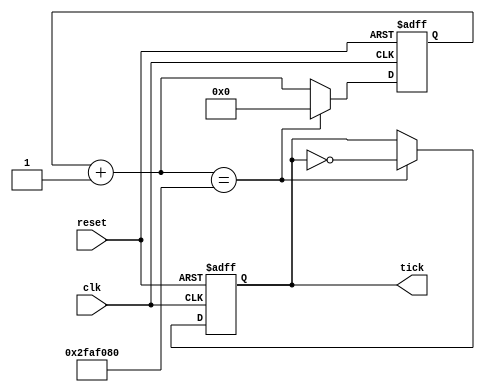
module tick_generator #(
	parameter tick_time = 32'd1000,
	parameter frequency = 32'd100000
	)(
	input wire clk,
	input wire reset,
	output reg tick);

	reg [32:0] count;
	localparam [32:0] count_threshold = tick_time * frequency / 2;
	
	initial begin
		tick = 1'b0;
		count = 32'b0;
	end

	always @(posedge(clk),posedge(reset)) begin
		if(reset) begin
			count = 0;
			tick = 0;
		end else begin
			count = count + 1;
			if(count == count_threshold) begin
				count = 0;
				tick = ~ tick;
			end
		end
	end

endmodule

 // module stimulus();

 // 	reg CLK,RESET;
 // 	wire TICK;

 // 	tick_generator #(.tick_time(32'd5),.frequency(32'd1)) 
	// t1(
	// 	.clk(CLK),
	// 	.tick(TICK),
	// 	.reset(RESET)
	// );

 // 	initial begin
 // 		$dumpfile("simulation.vcd");
 // 		$dumpvars(0,
 // 			CLK,
 // 			TICK,
 // 			RESET
 // 		);
 // 	end

 // 	initial begin
 // 		CLK = 1'b0;
	// 	RESET = 1'b0;
	// end

 // 	always
 // 		#1 CLK = ~ CLK;

	// initial begin
	// 	#20 RESET = 1'b1;
	// 	#10 RESET = 1'b0;
	// end

 // 	initial
 // 		#100 $finish;

 // endmodule